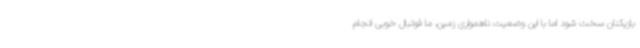
بازیکنان سخت شود اما با این وضعیت ناهمواری زمین، ما فوتبال خوبی انجام